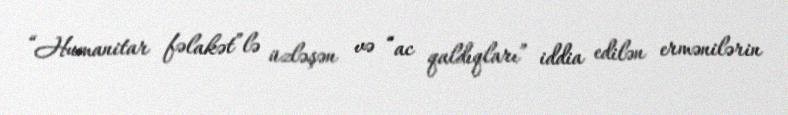
“Humanitar fəlakət”lə üzləşən və “ac qaldıqları” iddia edilən ermənilərin